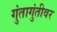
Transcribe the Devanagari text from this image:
गुंतागुंतीवर